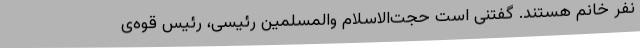
نفر خانم هستند. گفتنی است حجت‌الاسلام والمسلمین رئیسی، رئیس قوه‌ی